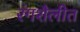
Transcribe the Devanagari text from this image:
रंगशैलीत